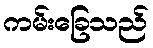
ကမ်းခြေသည်